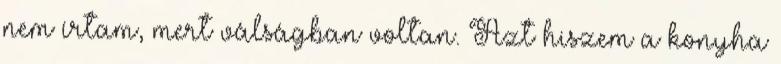
nem írtam, mert válságban voltan. Azt hiszem a konyha